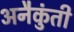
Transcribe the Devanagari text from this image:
अनैकुंती